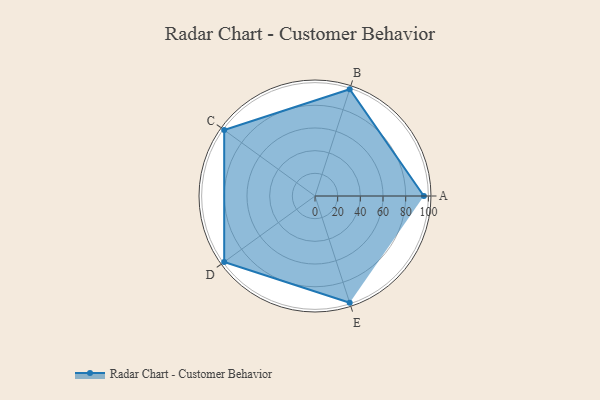
{"axis": {"x": "Skill", "y": "Score"}, "legend": ["Profile"], "data": [{"x": "A", "y": 96.0, "type": "Profile"}, {"x": "B", "y": 99, "type": "Profile"}, {"x": "C", "y": 99, "type": "Profile"}, {"x": "D", "y": 99, "type": "Profile"}, {"x": "E", "y": 99, "type": "Profile"}]}